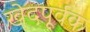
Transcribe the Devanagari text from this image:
खेदपूर्वक